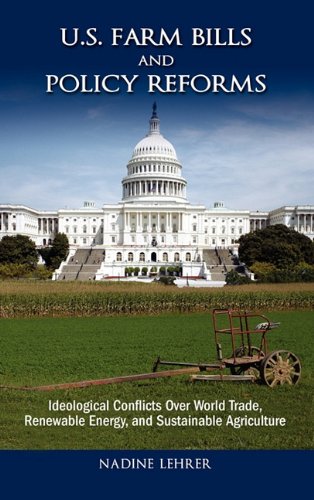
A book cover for U.S. Farm Bills and Policy Reforms: Ideological Conflicts over World Trade, Renewable Energy, and Sustainable Agriculture; Nadine Lehrer; Business & Money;